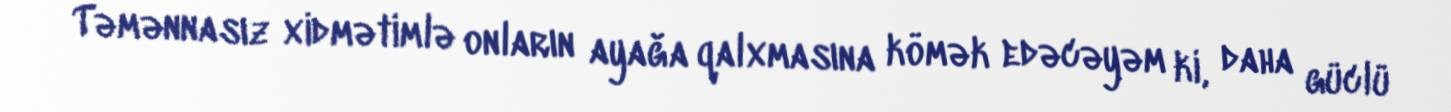
Təmənnasız xidmətimlə onların ayağa qalxmasına kömək edəcəyəm ki, daha güclü